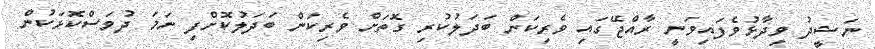
ނަޝީދު ވިދާޅުވެފައިވަނީ ރާއްޖޭގައި ވެރިކަން ބަދަލުކުރި ގޮތަށް ވެރިކަން ބަދަލުކޮށްފި ނަމަ ދުވަސްކޮޅަކުން